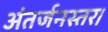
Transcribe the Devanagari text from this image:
अंतर्जनस्तर।